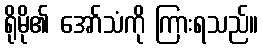
ရိုမို၏ အော်သံကို ကြားရသည်။